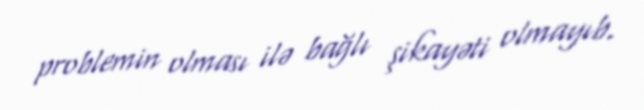
problemin olması ilə bağlı şikayəti olmayıb.